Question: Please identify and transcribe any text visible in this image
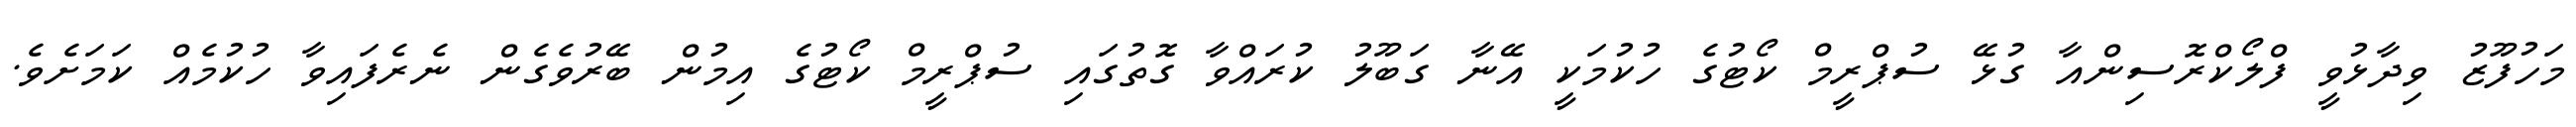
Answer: މަހުފޫޒު ވިދާޅުވީ ފްލޯކްރޮސިންއާ ގުޅޭ ސުޕްރީމް ކޯޓުގެ ހުކުމަކީ އޭނާ ގަބޫލު ކުރައްވާ ގޮތުގައި ސުޕްރީމް ކޯޓުގެ އިމުން ބޭރުވެގެން ނެރެފައިވާ ހުކުމެއް ކަމަށެވެ.